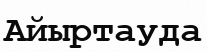
Айыртауда